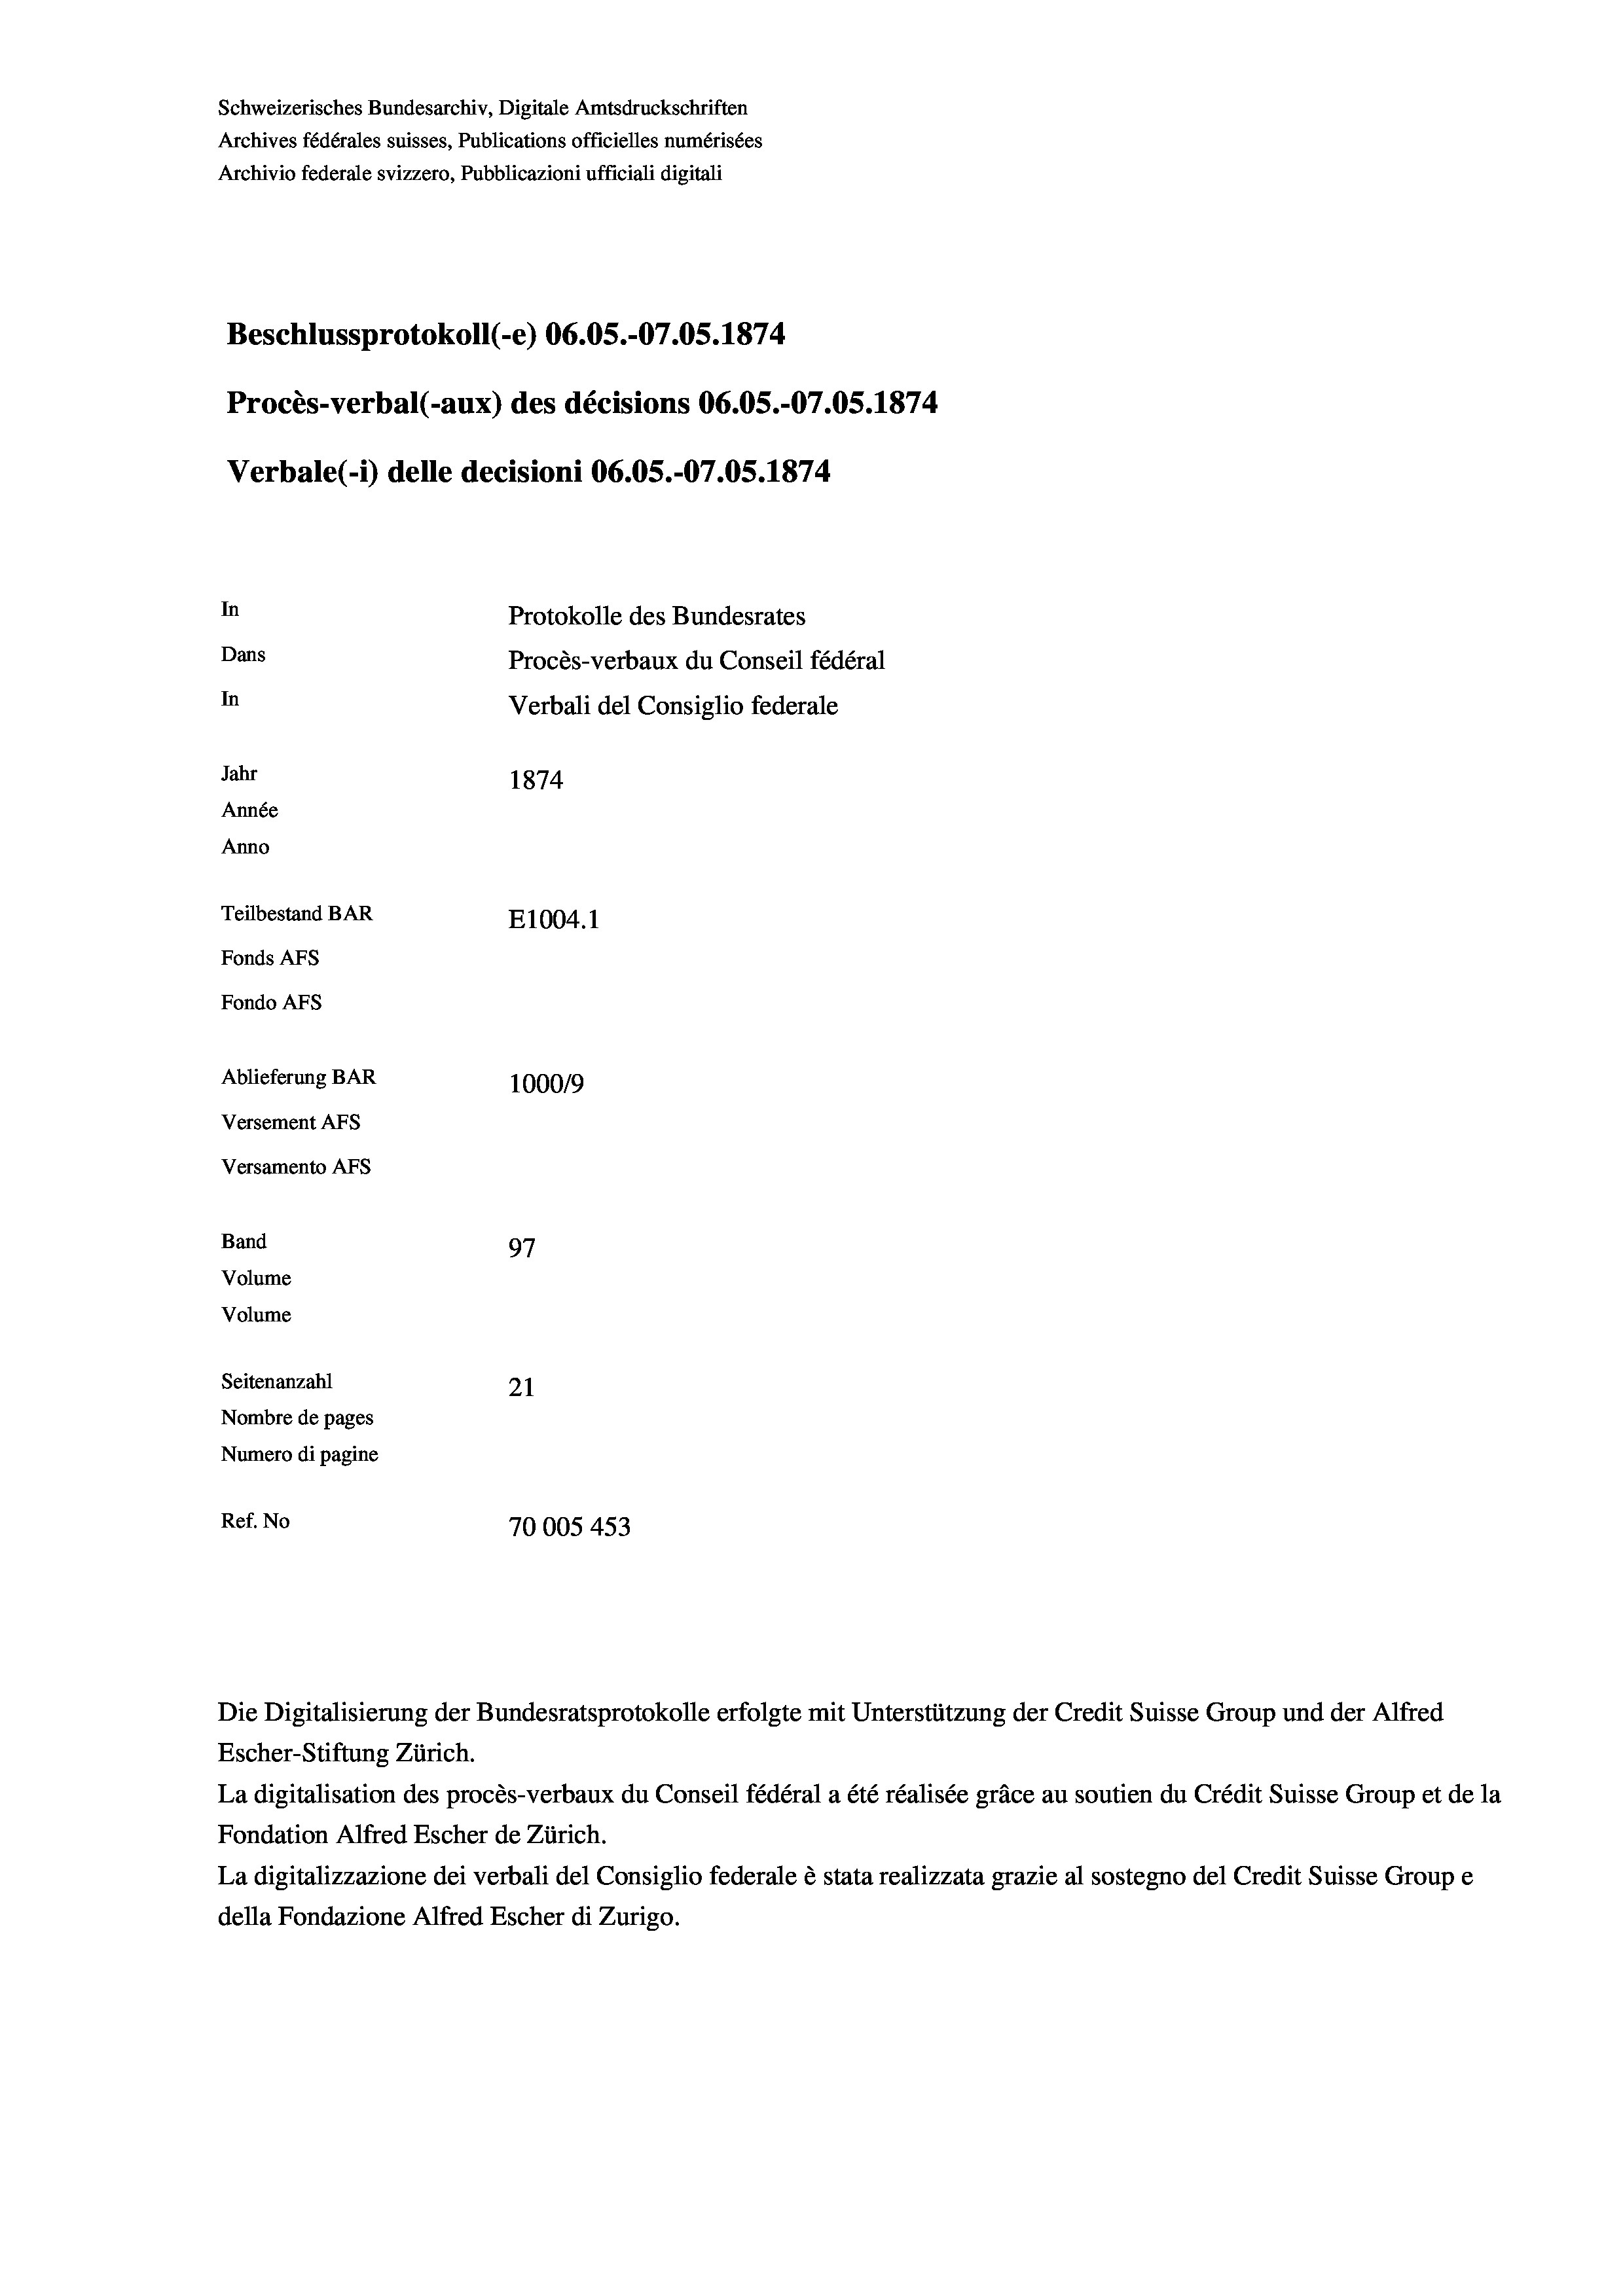
Schweizerisches Bundesarchiv, Digitale Amtsdruckschriften
Archives fédérales suisses, Publications officielles numérisées
Archivio federale svizzero, Pubblicazioni ufficiali digitali
Beschlussprotokoll (-e) 06.05.-07.05. 1874
Procès-verbal (-aux) des décisions 06.05.-O7.0S. 1874
Verbale (i) delle decisioni 06.05.-O7.05. 1874
In
Protokolle des Bundesrates
Dans
Procès-verbaux du Conseil fédéral
In
Verbali del Consiglio federale
Jahr
1874
Année
Anno
Teilbestand BAR
E1004. 1
Fonds AFs
Fondo AFS
Ablieferung BAR
100019
Versement AFs
Versamento AFs
Band
97
Volume
Volume

Seitenanzahl
21
Nombre de pages
Numero di pagine
Ref. No
70005 453

Die Digitalisierung der Bundesratsprotokolle erfolgte mit Unterstützung der Credit Suisse Group und der Alfred
Escher-Stiftung Zürich.
La digitalisation des procès-verbaux du Conseil fédéral a été réalisée gräce au soutien du Crédit Suisse Group et de la
Fondation Alfred Escher de Zürich.
La digitalizzazione dei verbali del Consiglio federale è stata realizzata grazie al sostegno del Credit Suisse Groupe
della Fondazione Alfred Escher di Zurigo.